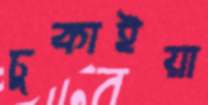
ঢুকাইয়া